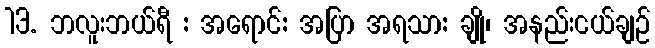
13. ဘလူးဘယ်ရီ : အရောင်: အပြာ အရသာ: ချို၊ အနည်းငယ်ချဉ်